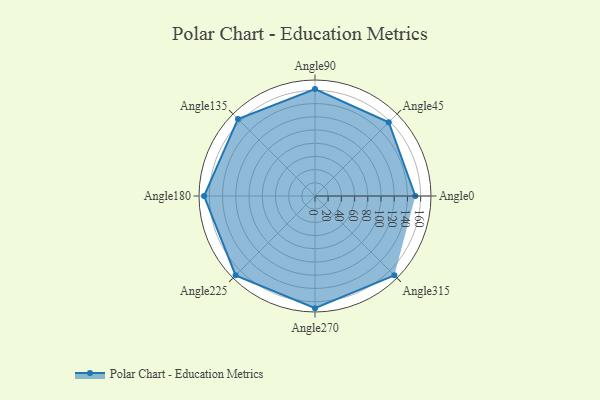
{"axis": {"x": "Angle", "y": "Radius"}, "legend": [""], "data": [{"x": "Angle0", "y": 152.0, "type": ""}, {"x": "Angle45", "y": 158.0, "type": ""}, {"x": "Angle90", "y": 162.0, "type": ""}, {"x": "Angle135", "y": 165.0, "type": ""}, {"x": "Angle180", "y": 168.0, "type": ""}, {"x": "Angle225", "y": 170, "type": ""}, {"x": "Angle270", "y": 170, "type": ""}, {"x": "Angle315", "y": 170, "type": ""}]}